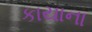
કાયાના